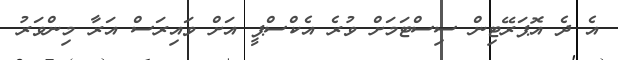
އެ ދެ އޮޕަރޭޓިން ސިސްޓަމަށް ވުރެ އެކްސްޕީ އަށް ވައިރަސް އަރާ މިންވަރު